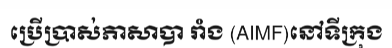
ប្រើប្រាស់ភាសាបា រាំង (AIMF)នៅទីក្រុង